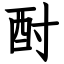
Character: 酎